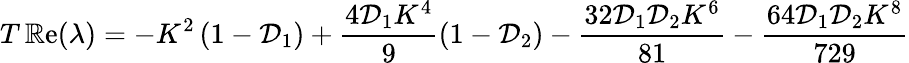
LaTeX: T\operatorname{\mathbb{R}e}(\lambda)=-K^{2}\left(1-\mathcal{{D}}_{1}\right)+\frac{{4\mathcal{{D}}_{1}K^{4}}}{{9}}\left(1-\mathcal{{D}}_{2}\right)-\frac{{32\mathcal{{D}}_{1}\mathcal{{D}}_{2}K^{6}}}{{81}}-\frac{{64\mathcal{{D}}_{1}\mathcal{{D}}_{2}K^{8}}}{{729}}